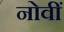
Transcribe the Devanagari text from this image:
नोवीं